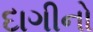
દાગીનો